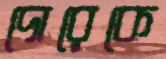
দোরেকে